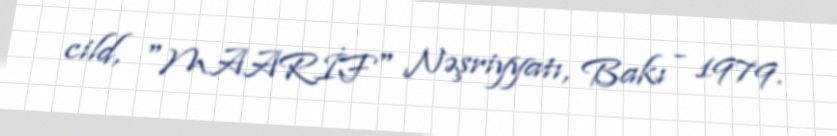
cild, "MAARİF" Nəşriyyatı, Bakı - 1979.